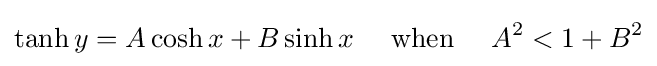
\tanh y=A\cosh x+B\sinh x\quad {\text{ when }}\quad A^{2}<1+B^{2}